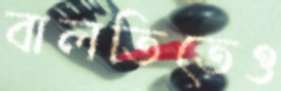
বালতিতেও